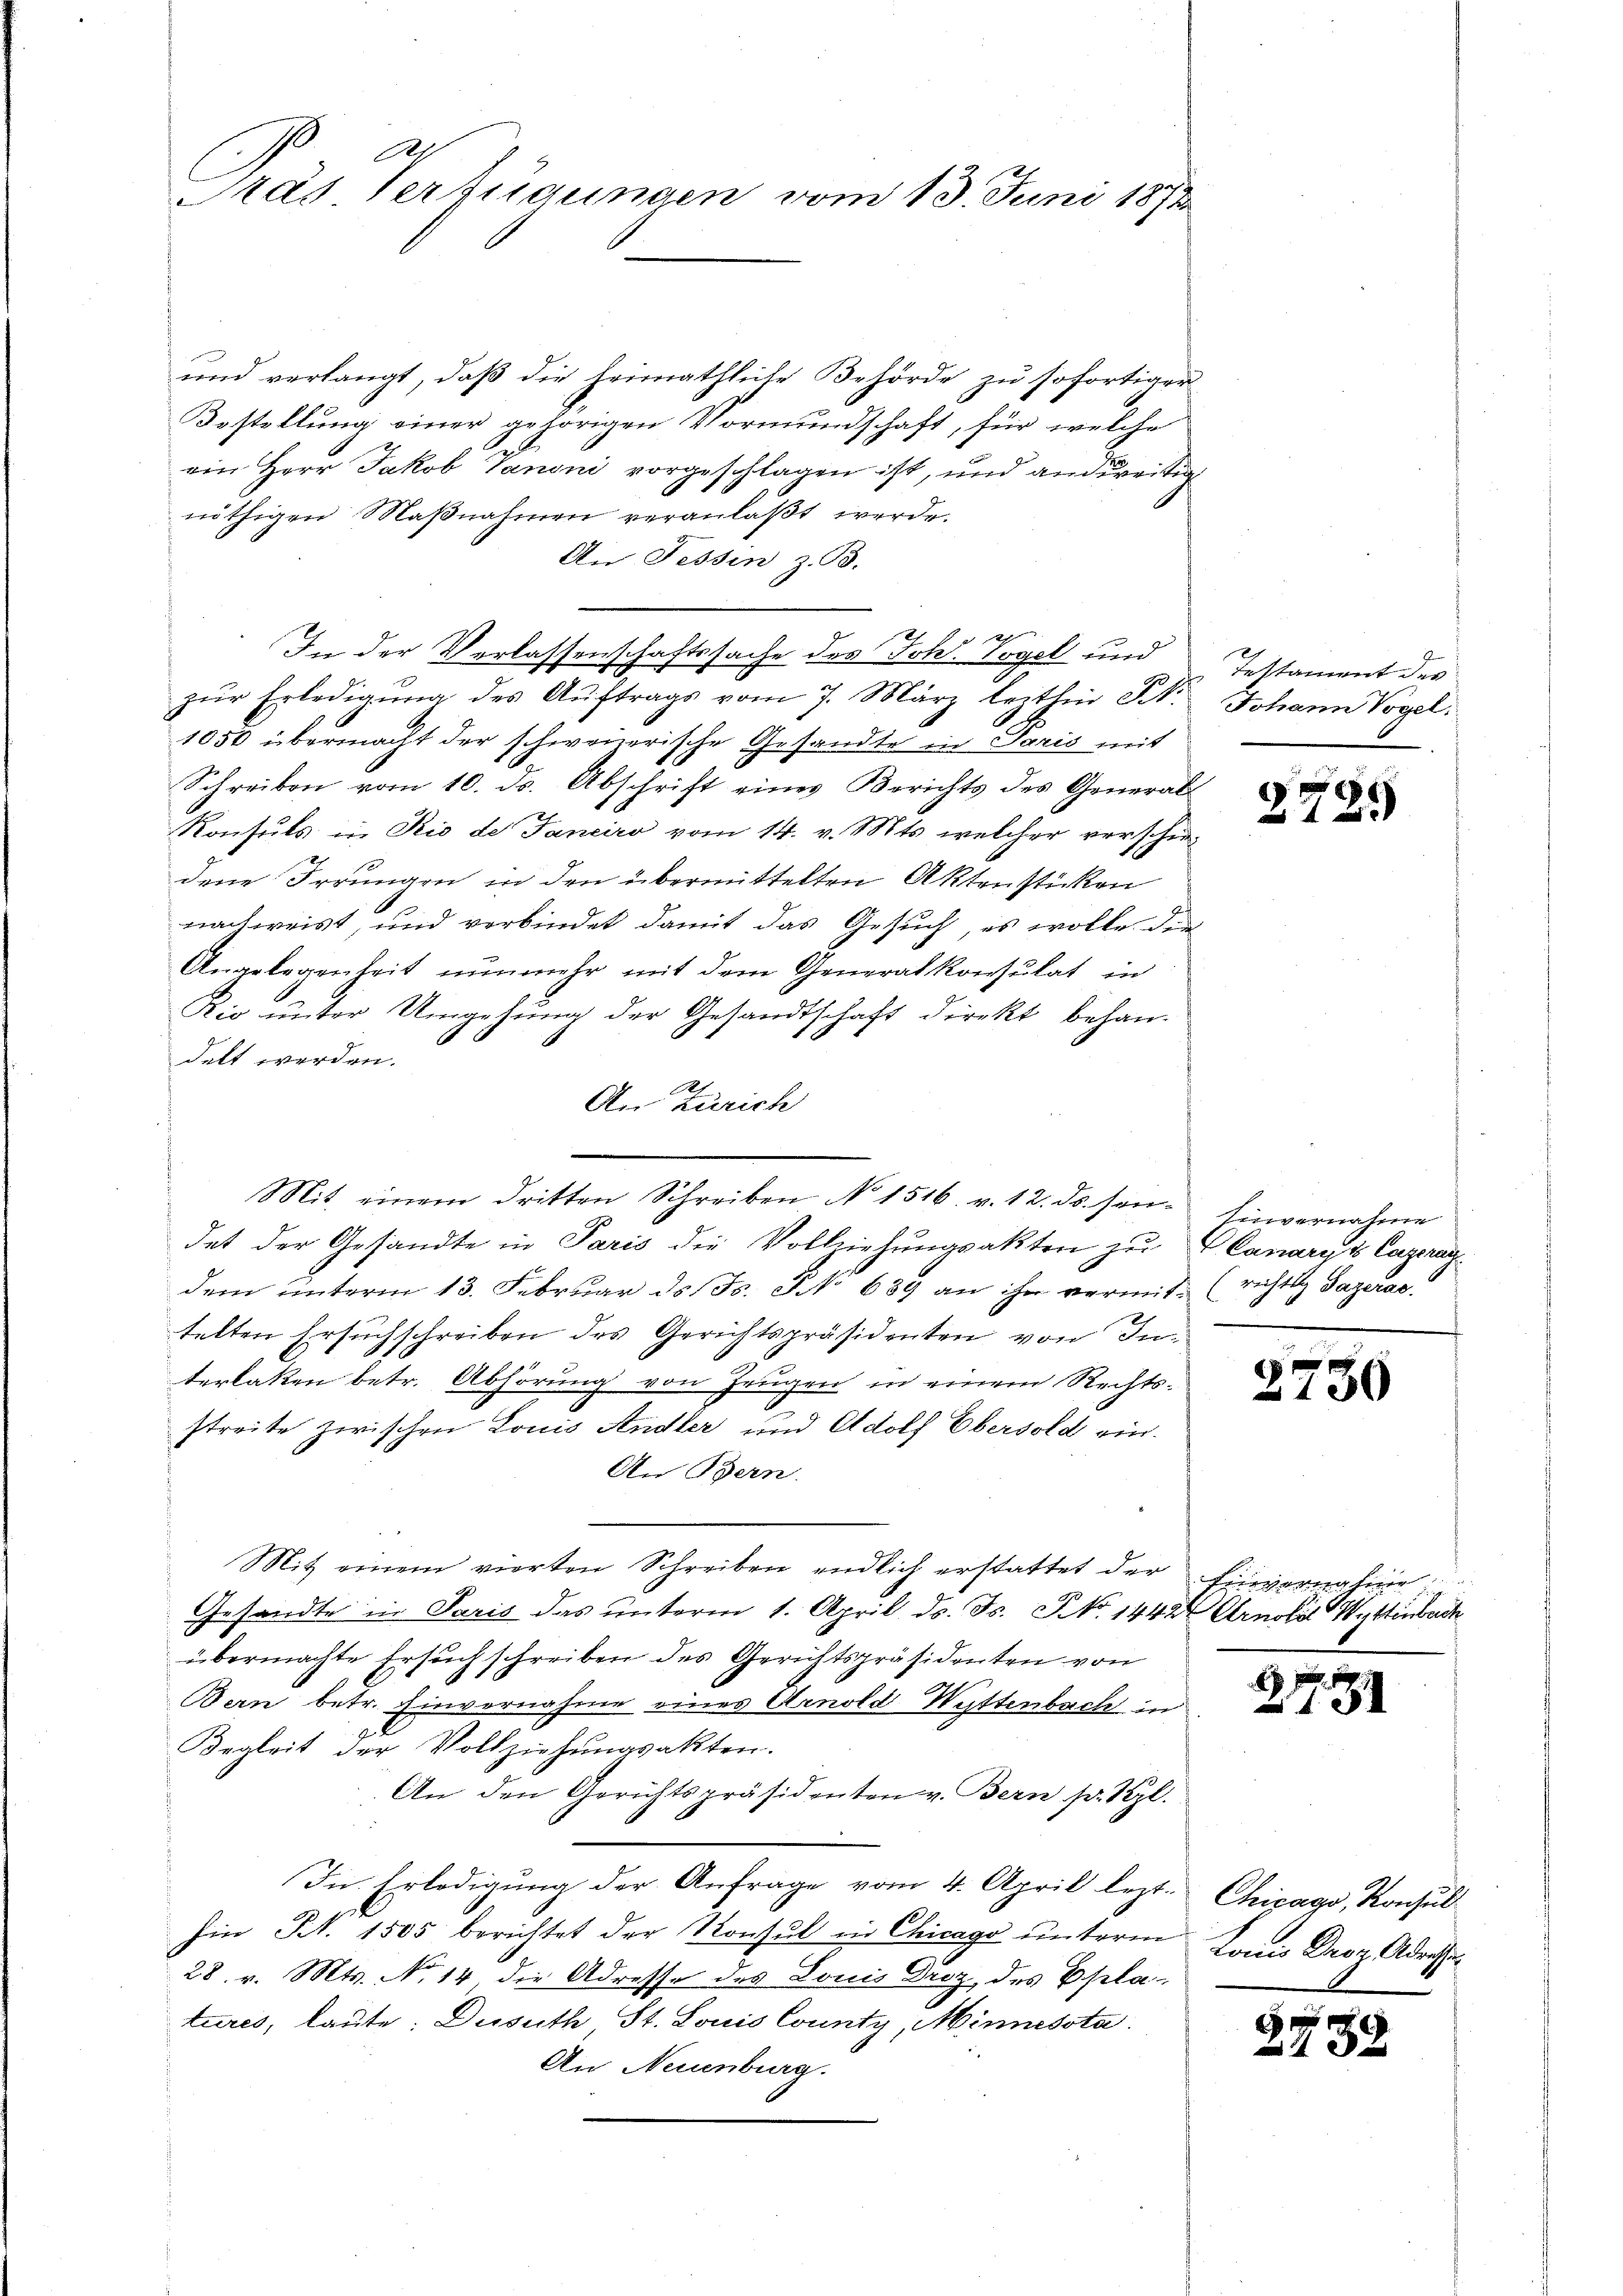
A.
Pras Verfügungen vom 13. Juni 1873

und verlangt, daß die heimathliche Behörde zu sofortiger
Bestellung einer gehörigen Vormundschaft, für welche
ein Herr Jakob Vanoni vorgeschlagen ist, und andereitig
nöthigen Maβnahmen veranlaßt werde.
An Tessin z. B.
2
In der Verlassenschaftssache des Johl. Vogel und
zŭr Erledigung des Aŭftrags vom 7. März lezthin St. Johann Vogel
1050 übermacht der schweizerische Gesandte in Paris mit
Schreiben vom 10. ds. Abschrift eines Berichts des Generals
Konsuls in Rio de Janeiro vom 14. v. Mts. welcher verschie-
dene Irrungen in den übermittelten Aktenstücken
nachweist, und verbindet damit das Gesuch, es wolle den
Angelegenheit nunmehr mit dem Generalkonsulat in
Rio unter Umgehung der Gesandtschaft direkt behan¬
1
delt werden.
An Zürich
det der Gesandte in Paris die Vollziehungsakten zu Canarius Capardem unterm 13. Februar ds F. S. 689 an ihn vermit- (richtig Gazerae
telten Ersuchschreiben des Gerichtspräsidenten von Interlaken betr. Abhörung von Zeugen in einem Rechtsstreite zwischen Louis Andler und Adolf Ebersold ein¬
An Bern.
Mit einem vierten Schreiben endlich erstattet der Einvernahme
Gesandte in Paris das unterm 1. April ds. Js. No. 1442 Arnold Wettenbach
übermachte Ersuch schreiben des Gerichtspräsidenten von
Bern betr. Einvernahme eines Arnold Wyttenbach in
Begleit der Vollziehungsakten.
An den Gerichtspräsidenten v. Bern pr. Kgl.
In Erledigung der Anfrage vom 4. April lezt. Chicago, Konsul
hin S. 1505 berichtet der Konsul in Chicago unterm Lonis Droz. Adresse¬
28. v. Mts. No 14 die Adresse des Louis Droz, des Eplatures, laute: Dusuth St. Louis County, Minnessta
An Neuenburg.

Mit einem dritten Schreiben No 1516. v. 12. ds. sen. Einvernahme

Testament des

1
125

2730

2
2781

573.